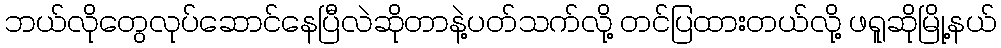
ဘယ်လိုတွေလုပ်ဆောင်နေပြီလဲဆိုတာနဲ့ပတ်သက်လို့ တင်ပြထားတယ်လို့ ဖရူဆိုမြို့နယ်